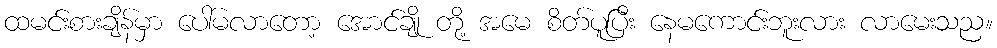
ထမင်းစားချိန်မှာ ပေါ်မလာတော့ အောင်ချို တို့ အမေ စိတ်ပူပြီး နေမကောင်းဘူးလား လာမေးသည။